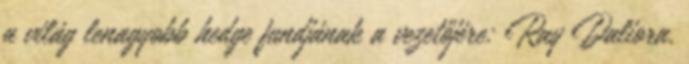
a világ lenagyobb hedge fundjának a vezetőjére: Ray Daliora.